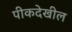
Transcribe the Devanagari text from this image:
पीकदेखील